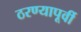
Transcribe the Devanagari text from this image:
ठरण्यापूर्वी